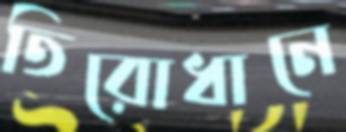
তিরোধানে